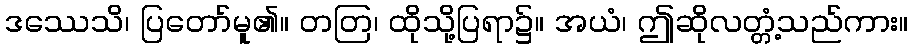
ဒဿေသိ၊ ပြတော်မူ၏။ တတြ၊ ထိုသို့ပြရာ၌။ အယံ၊ ဤဆိုလတ္တံ့သည်ကား။